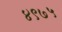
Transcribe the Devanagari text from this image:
४९७५